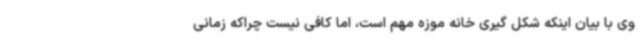
وی با بیان اینکه شکل گیری خانه موزه مهم است، اما کافی نیست چراکه زمانی